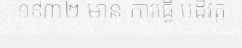
១៩៣២ មាន ការធ្វើ បដិវត្ត